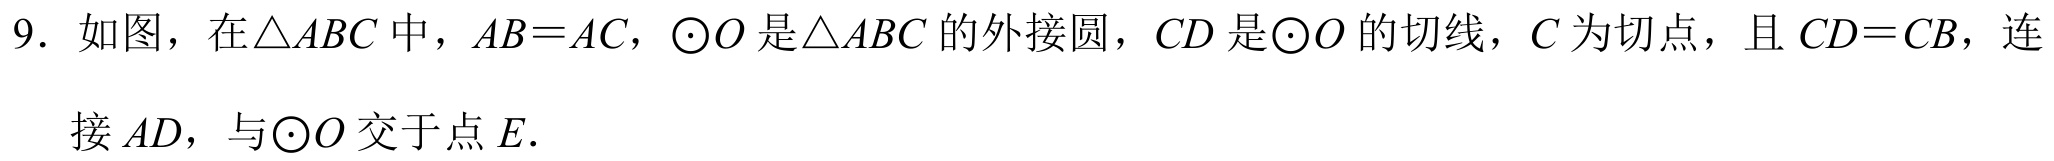
9. 如图，在\(\triangle ABC\) 中，\(AB = AC\)，\(\odot O\) 是\(\triangle ABC\) 的外接圆，\(CD\) 是\(\odot O\) 的切线，\(C\) 为切点，且 \(CD = CB\)，连

接 \(AD\)，与\(\odot O\) 交于点 \(E\)．